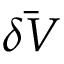
\bar { \delta V }